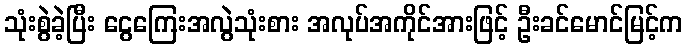
သုံးစွဲခဲ့ပြီး ငွေကြေးအလွဲသုံးစား အလုပ်အကိုင်အားဖြင့် ဦးခင်မောင်မြင့်က